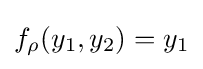
f_{\rho }(y_{1},y_{2})=y_{1}